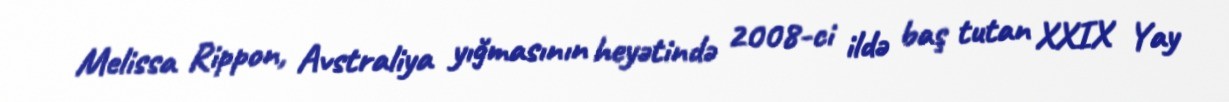
Melissa Rippon, Avstraliya yığmasının heyətində 2008-ci ildə baş tutan XXIX Yay